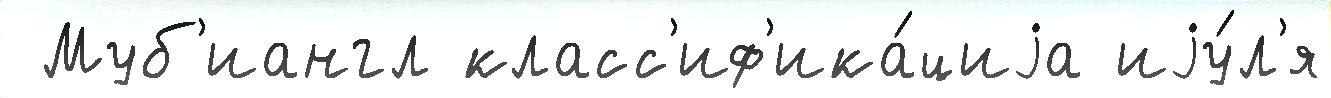
 Муб'иангл класс'иф'ика́циjа иjу́л'я